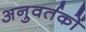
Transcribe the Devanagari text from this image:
अनुवर्तकों